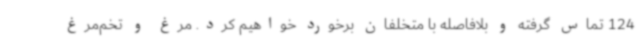
124 تماس گرفته و بلافاصله با متخلفان برخورد خواهیم کرد. مرغ و تخم‌مرغ